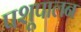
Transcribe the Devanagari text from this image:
पशूपालन